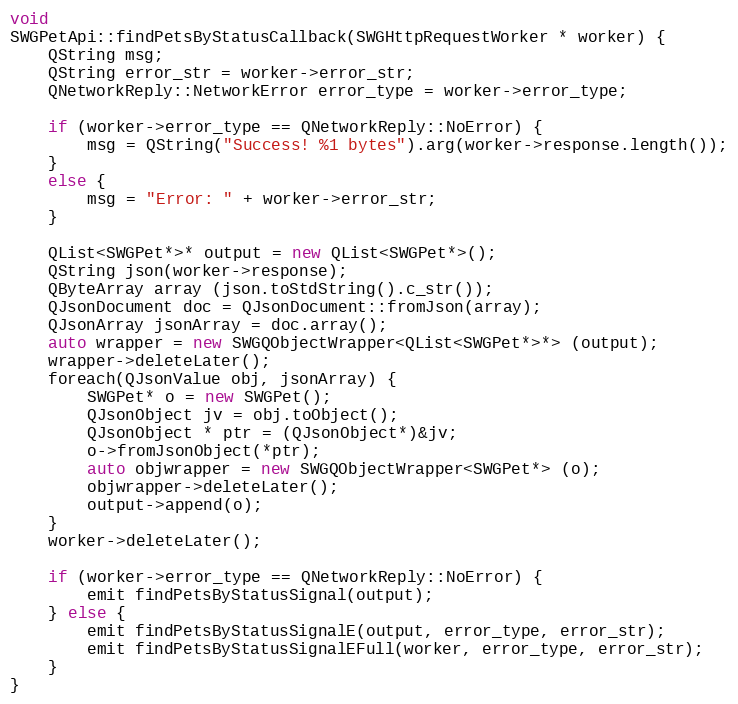
Language: C++
void
SWGPetApi::findPetsByStatusCallback(SWGHttpRequestWorker * worker) {
    QString msg;
    QString error_str = worker->error_str;
    QNetworkReply::NetworkError error_type = worker->error_type;

    if (worker->error_type == QNetworkReply::NoError) {
        msg = QString("Success! %1 bytes").arg(worker->response.length());
    }
    else {
        msg = "Error: " + worker->error_str;
    }

    QList<SWGPet*>* output = new QList<SWGPet*>();
    QString json(worker->response);
    QByteArray array (json.toStdString().c_str());
    QJsonDocument doc = QJsonDocument::fromJson(array);
    QJsonArray jsonArray = doc.array();
    auto wrapper = new SWGQObjectWrapper<QList<SWGPet*>*> (output);
    wrapper->deleteLater();
    foreach(QJsonValue obj, jsonArray) {
        SWGPet* o = new SWGPet();
        QJsonObject jv = obj.toObject();
        QJsonObject * ptr = (QJsonObject*)&jv;
        o->fromJsonObject(*ptr);
        auto objwrapper = new SWGQObjectWrapper<SWGPet*> (o);
        objwrapper->deleteLater();
        output->append(o);
    }
    worker->deleteLater();

    if (worker->error_type == QNetworkReply::NoError) {
        emit findPetsByStatusSignal(output);
    } else {
        emit findPetsByStatusSignalE(output, error_type, error_str);
        emit findPetsByStatusSignalEFull(worker, error_type, error_str);
    }
}